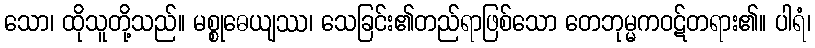
သော၊ ထိုသူတို့သည်။ မစ္စုဓေယျဿ၊ သေခြင်း၏တည်ရာဖြစ်သော တေဘုမ္မကဝဋ်တရား၏။ ပါရံ၊